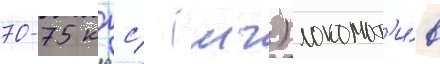
70-75 кгс/ (мч) локомот'и́в